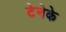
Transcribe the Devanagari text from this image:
टेनेके